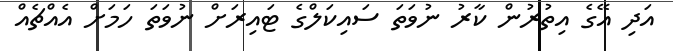
އަދި އޭގެ އިތުރުން ކާރު ނުވަތަ ސައިކަލްގެ ޓައިރަށް ނުވަތަ ހަމަށް އެއްޗެއް